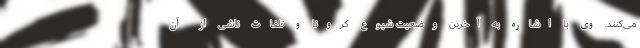
می‌کنند. وی با اشاره به آخرین وضعیت شیوع کرونا و تلفات ناشی از آن